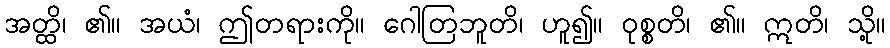
အတ္ထိ၊ ၏။ အယံ၊ ဤတရားကို။ ဂေါတြဘူတိ၊ ဟူ၍။ ဝုစ္စတိ၊ ၏။ ဣတိ၊ သို့။